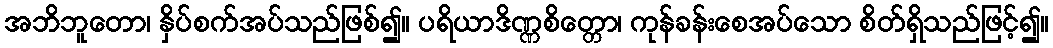
အဘိဘူတော၊ နှိပ်စက်အပ်သည်ဖြစ်၍။ ပရိယာဒိဏ္ဏစိတ္တော၊ ကုန်ခန်းစေအပ်သော စိတ်ရှိသည်ဖြင့်၍။